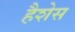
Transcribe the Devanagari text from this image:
हैशेस